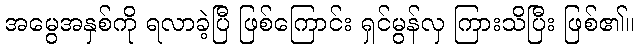
အမွေအနှစ်ကို ရလာခဲ့ပြီ ဖြစ်ကြောင်း ရှင်မွန်လှ ကြားသိပြီး ဖြစ်၏။